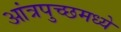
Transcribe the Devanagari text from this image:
आंत्रपुच्छमध्ये